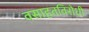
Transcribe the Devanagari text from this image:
वसाहतविरोधी